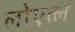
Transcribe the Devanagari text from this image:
लोएत्ल